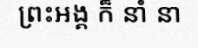
ព្រះអង្គ ក៏ នាំ នា